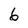
Character: 6